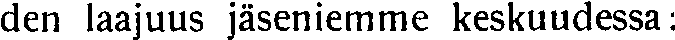
den laajuus jäseniemme keskuudessa: